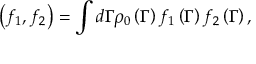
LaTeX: \left( f _ { 1 } , f _ { 2 } \right) = \int d \Gamma \rho _ { 0 } \left( \Gamma \right) f _ { 1 } \left( \Gamma \right) f _ { 2 } \left( \Gamma \right) ,